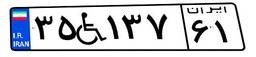
۱۱W۶۳۰۷۷